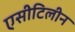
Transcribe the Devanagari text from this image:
एसीटिलीन